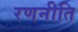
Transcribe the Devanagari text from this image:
रणनीति